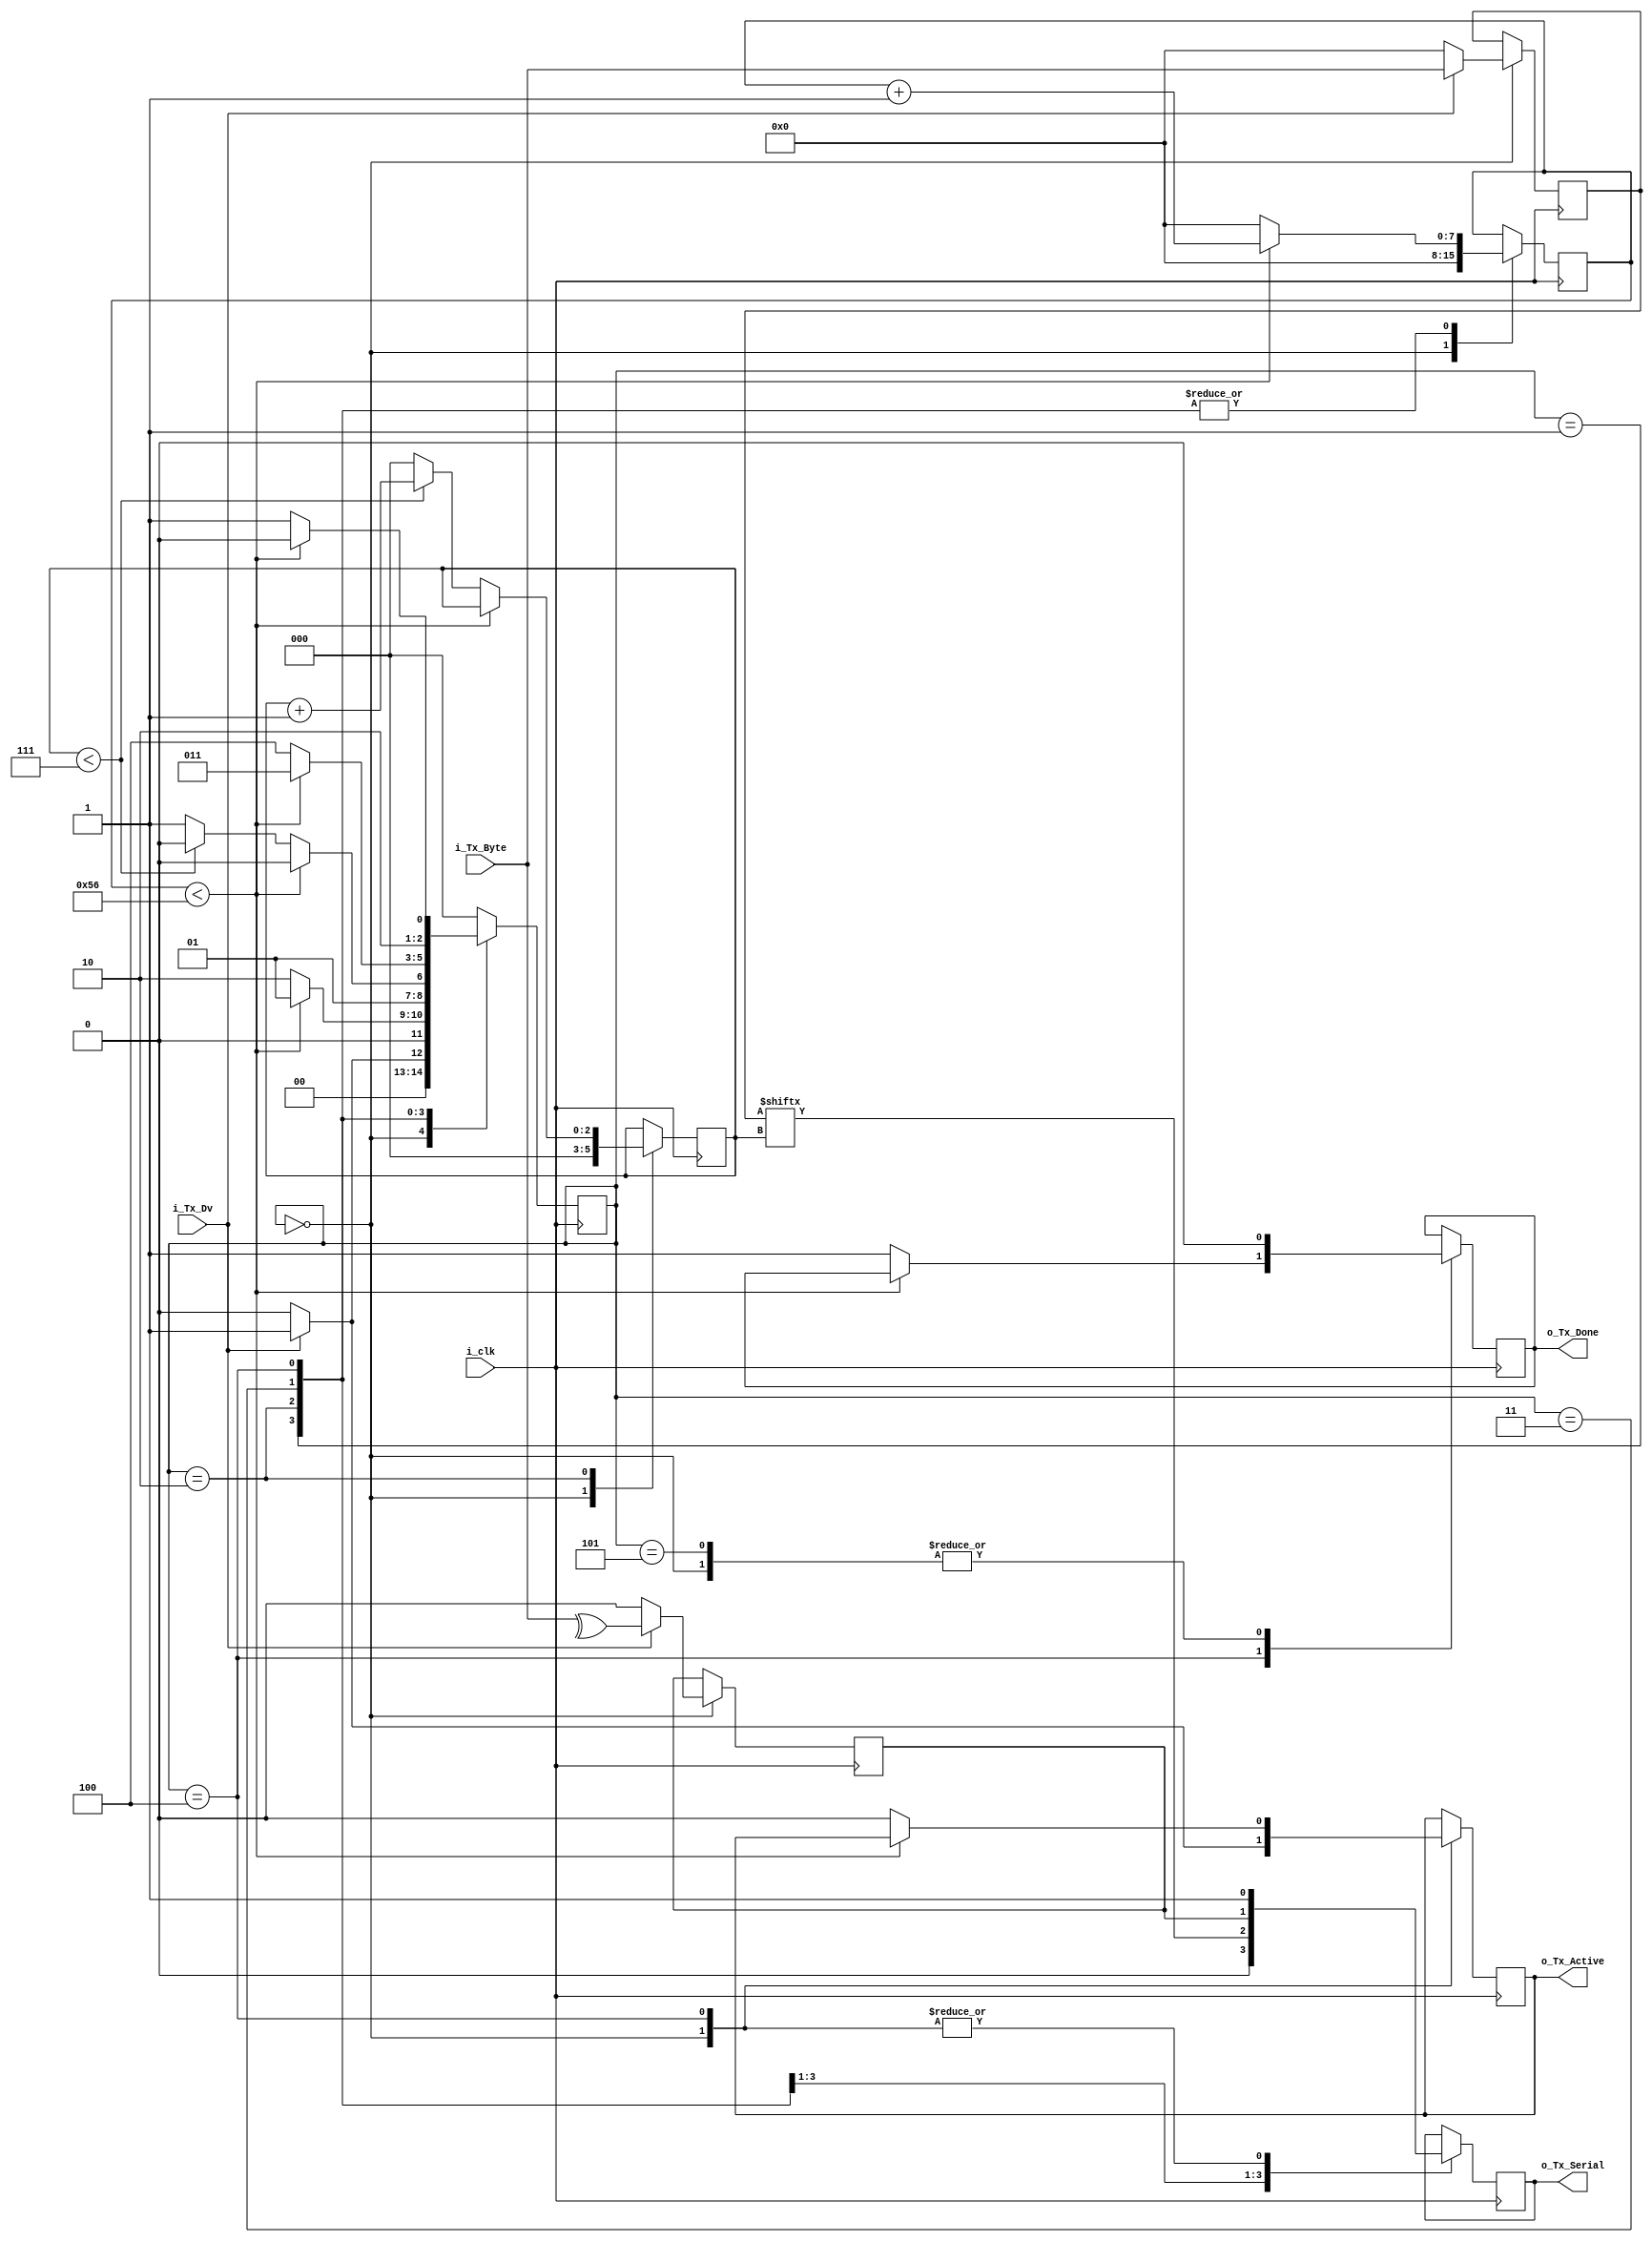
`timescale 1ns / 1ps
/////////////////////////////////////////////////////////////
// This is the Verilog code for UART Transmitter using the FSM.
// The Transmitter transmitted the start bit, 8-bit data frame, one parity bit and lastly one stop bit.
// The input clk is of the frequency 10MHz.
// This is UART with Baud RAte equal to 112500.
// So the number of input clk cycles perr bit transmitted will be:
//			clk_cy_per_bit 	= (Input clk Frequency)/(Baud Rate)
//							= [10*(10^6)]/115200
//							= 87 (Apporx.)
//			clk_cy_per_bit	= 87.
////////////////////////////////////////////////////////////

module uart_tx #(parameter CLK_CY_PER_BIT = 87)
		(
			input 		i_clk,
			input 		i_Tx_Dv,
			input [7:0] 	i_Tx_Byte,
			output 		o_Tx_Active,
			output 		o_Tx_Done,
			output reg	o_Tx_Serial
		);
		
		// We are implementing this module using the state machine:
		// Defining states of FSM as localparam:
		localparam STATE_IDLE		= 3'b000;
		localparam STATE_START		= 3'b001;
		localparam STATE_DATA		= 3'b010;
		localparam STATE_PARITY		= 3'b011;
		localparam STATE_STOP		= 3'b100;
		localparam STATE_CLEANUP	= 3'b101;
		
		//Defining the internal variables:
		reg [7:0] 	r_Tx_Data;
		reg		r_Tx_Done;
		reg		r_Tx_Active;
		reg [7:0]	r_clk_count;	// This will be UP-COUNTER to for wait till we count input clk cycle upto clk_cy_per_bit.
		reg [2:0]	r_state;		// Keep track of states in the FSM.
		reg [2:0]	r_bit_idx;		// Keep the track of bit index of input Data Byte of transmitter.
		reg 		r_parity_out;	// Check the parity of the Input Data by the transmitter(Default set to "0")
		
		// The FSM functionality Descripation Begins here:
		// We are using always block to do so:
		always @(posedge i_clk)
		begin
			//Define the case for the FSM:
			case (r_state)
				
				// Going through the states:
				STATE_IDLE:
				begin
					//Set all the internal register varible to default value:
					r_clk_count	<= 0;
					r_bit_idx	<= 0;
					r_Tx_Active	<= 1'b0;
					r_Tx_Data	<= 0;
					r_Tx_Done	<= 1'b0;
					r_parity_out	<= 1'b0;
					
					o_Tx_Serial	<= 1'b1;	//Drive HIGH the TX Serial Output.
					
					// "if Block"	:	To check get (i_Tx_Dv) input High:
					if(i_Tx_Dv == 1)
					begin
						r_Tx_Active	<= 1'b1;
						r_Tx_Data	<= i_Tx_Byte;
						r_state 	<= STATE_START;
						r_parity_out	<= ^(i_Tx_Byte);
					end
					
					else
					begin
						r_state		<= STATE_IDLE;
					end
					
				end	// case : STATE_IDLE
				
				// To start transmittion LOWER the Serial Transmitter line.
				STATE_START:
				begin
					o_Tx_Serial	<= 1'b0;
					
					// Keep the Serial line LOWER till the one bit period:
					if(r_clk_count < CLK_CY_PER_BIT-1)
					begin
						r_clk_count	<= (r_clk_count + 1);
						r_state		<= STATE_START;
					end
					
					//After that move to the STATE_DATA state:
					else
					begin
						r_clk_count	<= 0;
						r_state		<= STATE_DATA;
					end
				end	// case :STATE_START
				
				// Send the Input 8-bit Data through Serial line, one bit per bit period:
				STATE_DATA :
				begin
					
					o_Tx_Serial	<= r_Tx_Data[r_bit_idx];
					
					if(r_clk_count < CLK_CY_PER_BIT-1)
					begin
						r_clk_count	<= (r_clk_count + 1);
						r_state		<= STATE_DATA;
					
					end
					
					// Else increment the bit_idx(BIT INDEX) to send next bit in the Data Frame:
					else
					begin
						r_clk_count	<= 0;
						if(r_bit_idx < 7)
						begin
							r_bit_idx	<= (r_bit_idx + 1);
							r_state		<= STATE_DATA;
						end
						
						else	// Move to next " state" with setting default values for "r_bit_idx".
						begin
							r_bit_idx	<= 0;
							r_state		<= STATE_PARITY;
						end
					end
				end	// case : STATE_DATA
				
				//Send the parity of the Input Data to the Serial Line.
				STATE_PARITY :
				begin
					
					o_Tx_Serial	<=	r_parity_out;
					
					//Wait for one BIT PERIOD:
					if(r_clk_count < CLK_CY_PER_BIT-1)
					begin
						r_clk_count	<= (r_clk_count + 1);
						r_state		<= STATE_PARITY; 
					end
					
					//After that move to the next state:
					else
					begin
						r_clk_count	<= 0;
						r_state		<= STATE_STOP;
					end
				end
				
				// Send the STOP bit(HIGH) to Serial line 
				STATE_STOP :
				begin
					o_Tx_Serial	<= 1'b1;
					if(r_clk_count	< CLK_CY_PER_BIT-1)
					begin
						r_clk_count	<= (r_clk_count + 1);
						r_state		<= STATE_STOP;
					end	
					
					//After Send STOP bit : Tx_Done Keep High and Lower the Tx_Active.
					else
					begin
						r_clk_count	<= 0;
						r_state		<= STATE_CLEANUP;
						r_Tx_Done	<= 1'b1;
						r_Tx_Active	<= 1'b0;
					end
				end // case : STATE_STOP
				
				//Stay Here for one Input Clk Period
				STATE_CLEANUP :
				begin
					r_Tx_Done	<= 1'b0;
					r_state		<= STATE_IDLE;
				end	// case : STATE_CLEANUP
				
				default : 
				begin
					r_state		<= STATE_IDLE;
				end	// case : default
			endcase
		end
		
		assign o_Tx_Active	= r_Tx_Active;
		assign o_Tx_Done	= r_Tx_Done;
		
endmodule